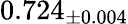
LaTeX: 0.724_{\pm 0.004}